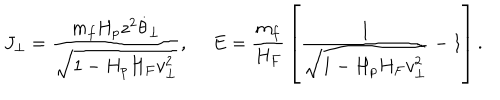
J _ { \perp } = { \frac { m _ { f } H _ { p } z ^ { 2 } \dot { \theta } _ { \perp } } { \sqrt { 1 - H _ { p } H _ { F } v _ { \perp } ^ { 2 } } } } , \ E = { \frac { m _ { f } } { H _ { F } } } \left[ { \frac { 1 } { \sqrt { 1 - H _ { p } H _ { F } v _ { \perp } ^ { 2 } } } } - 1 \right] .